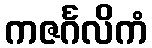
ကဇင်္ဂလိကံ